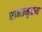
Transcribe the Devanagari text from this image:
रामामृतम